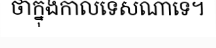
ថាក្នុងកាលទេសណាទេ។